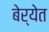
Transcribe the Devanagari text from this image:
बेर्येत